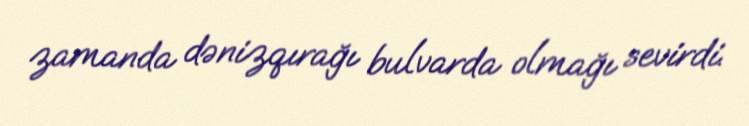
zamanda dənizqırağı bulvarda olmağı sevirdi.